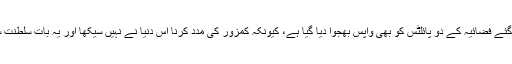
ٹریننگ کےلیے بھیجے گئے فضائیہ کے دو پائلٹس کو بھی واپس بھجوا دیا گیا ہے، کیونکہ کمزور کی مدد کرنا اس دنیا نے نہیں سیکھا اور یہ بات سلطنت سمجھنے سے قاصر ہے۔